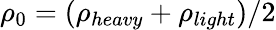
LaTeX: \rho_{0}=(\rho_{heavy}+\rho_{light})/2